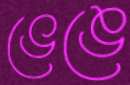
ভেঙে